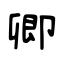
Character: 卿